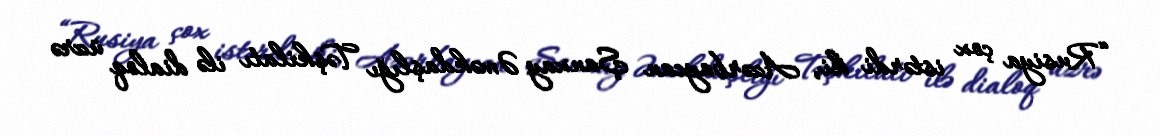
“Rusiya çox istərdi ki, Azərbaycan Şanxay Əməkdaşlığı Təşkilatı ilə dialoq üzrə